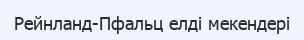
Рейнланд-Пфальц елді мекендері